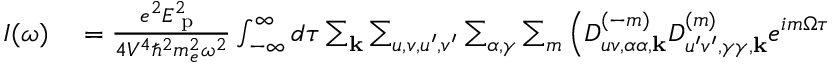
\begin{array} { r l } { I ( \omega ) } & { { } = \frac { e ^ { 2 } E _ { \textrm { p } } ^ { 2 } } { 4 V ^ { 4 } \hbar ^ { 2 } m _ { e } ^ { 2 } \omega ^ { 2 } } \int _ { - \infty } ^ { \infty } d \tau \sum _ { \mathbf { k } } \sum _ { u , v , u ^ { \prime } , v ^ { \prime } } \sum _ { \alpha , \gamma } \sum _ { m } \left( D _ { u v , \alpha \alpha , \mathbf { k } } ^ { ( - m ) } D _ { u ^ { \prime } v ^ { \prime } , \gamma \gamma , \mathbf { k } } ^ { ( m ) } e ^ { i m \Omega \tau } \right. } \end{array}